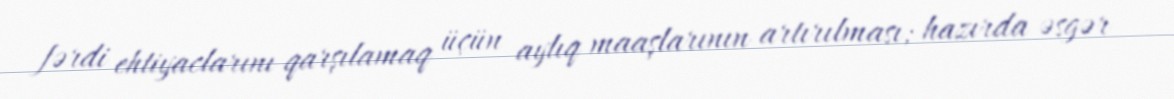
fərdi ehtiyaclarını qarşılamaq üçün aylıq maaşlarının artırılması; hazırda əsgər